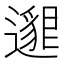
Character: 𨘅